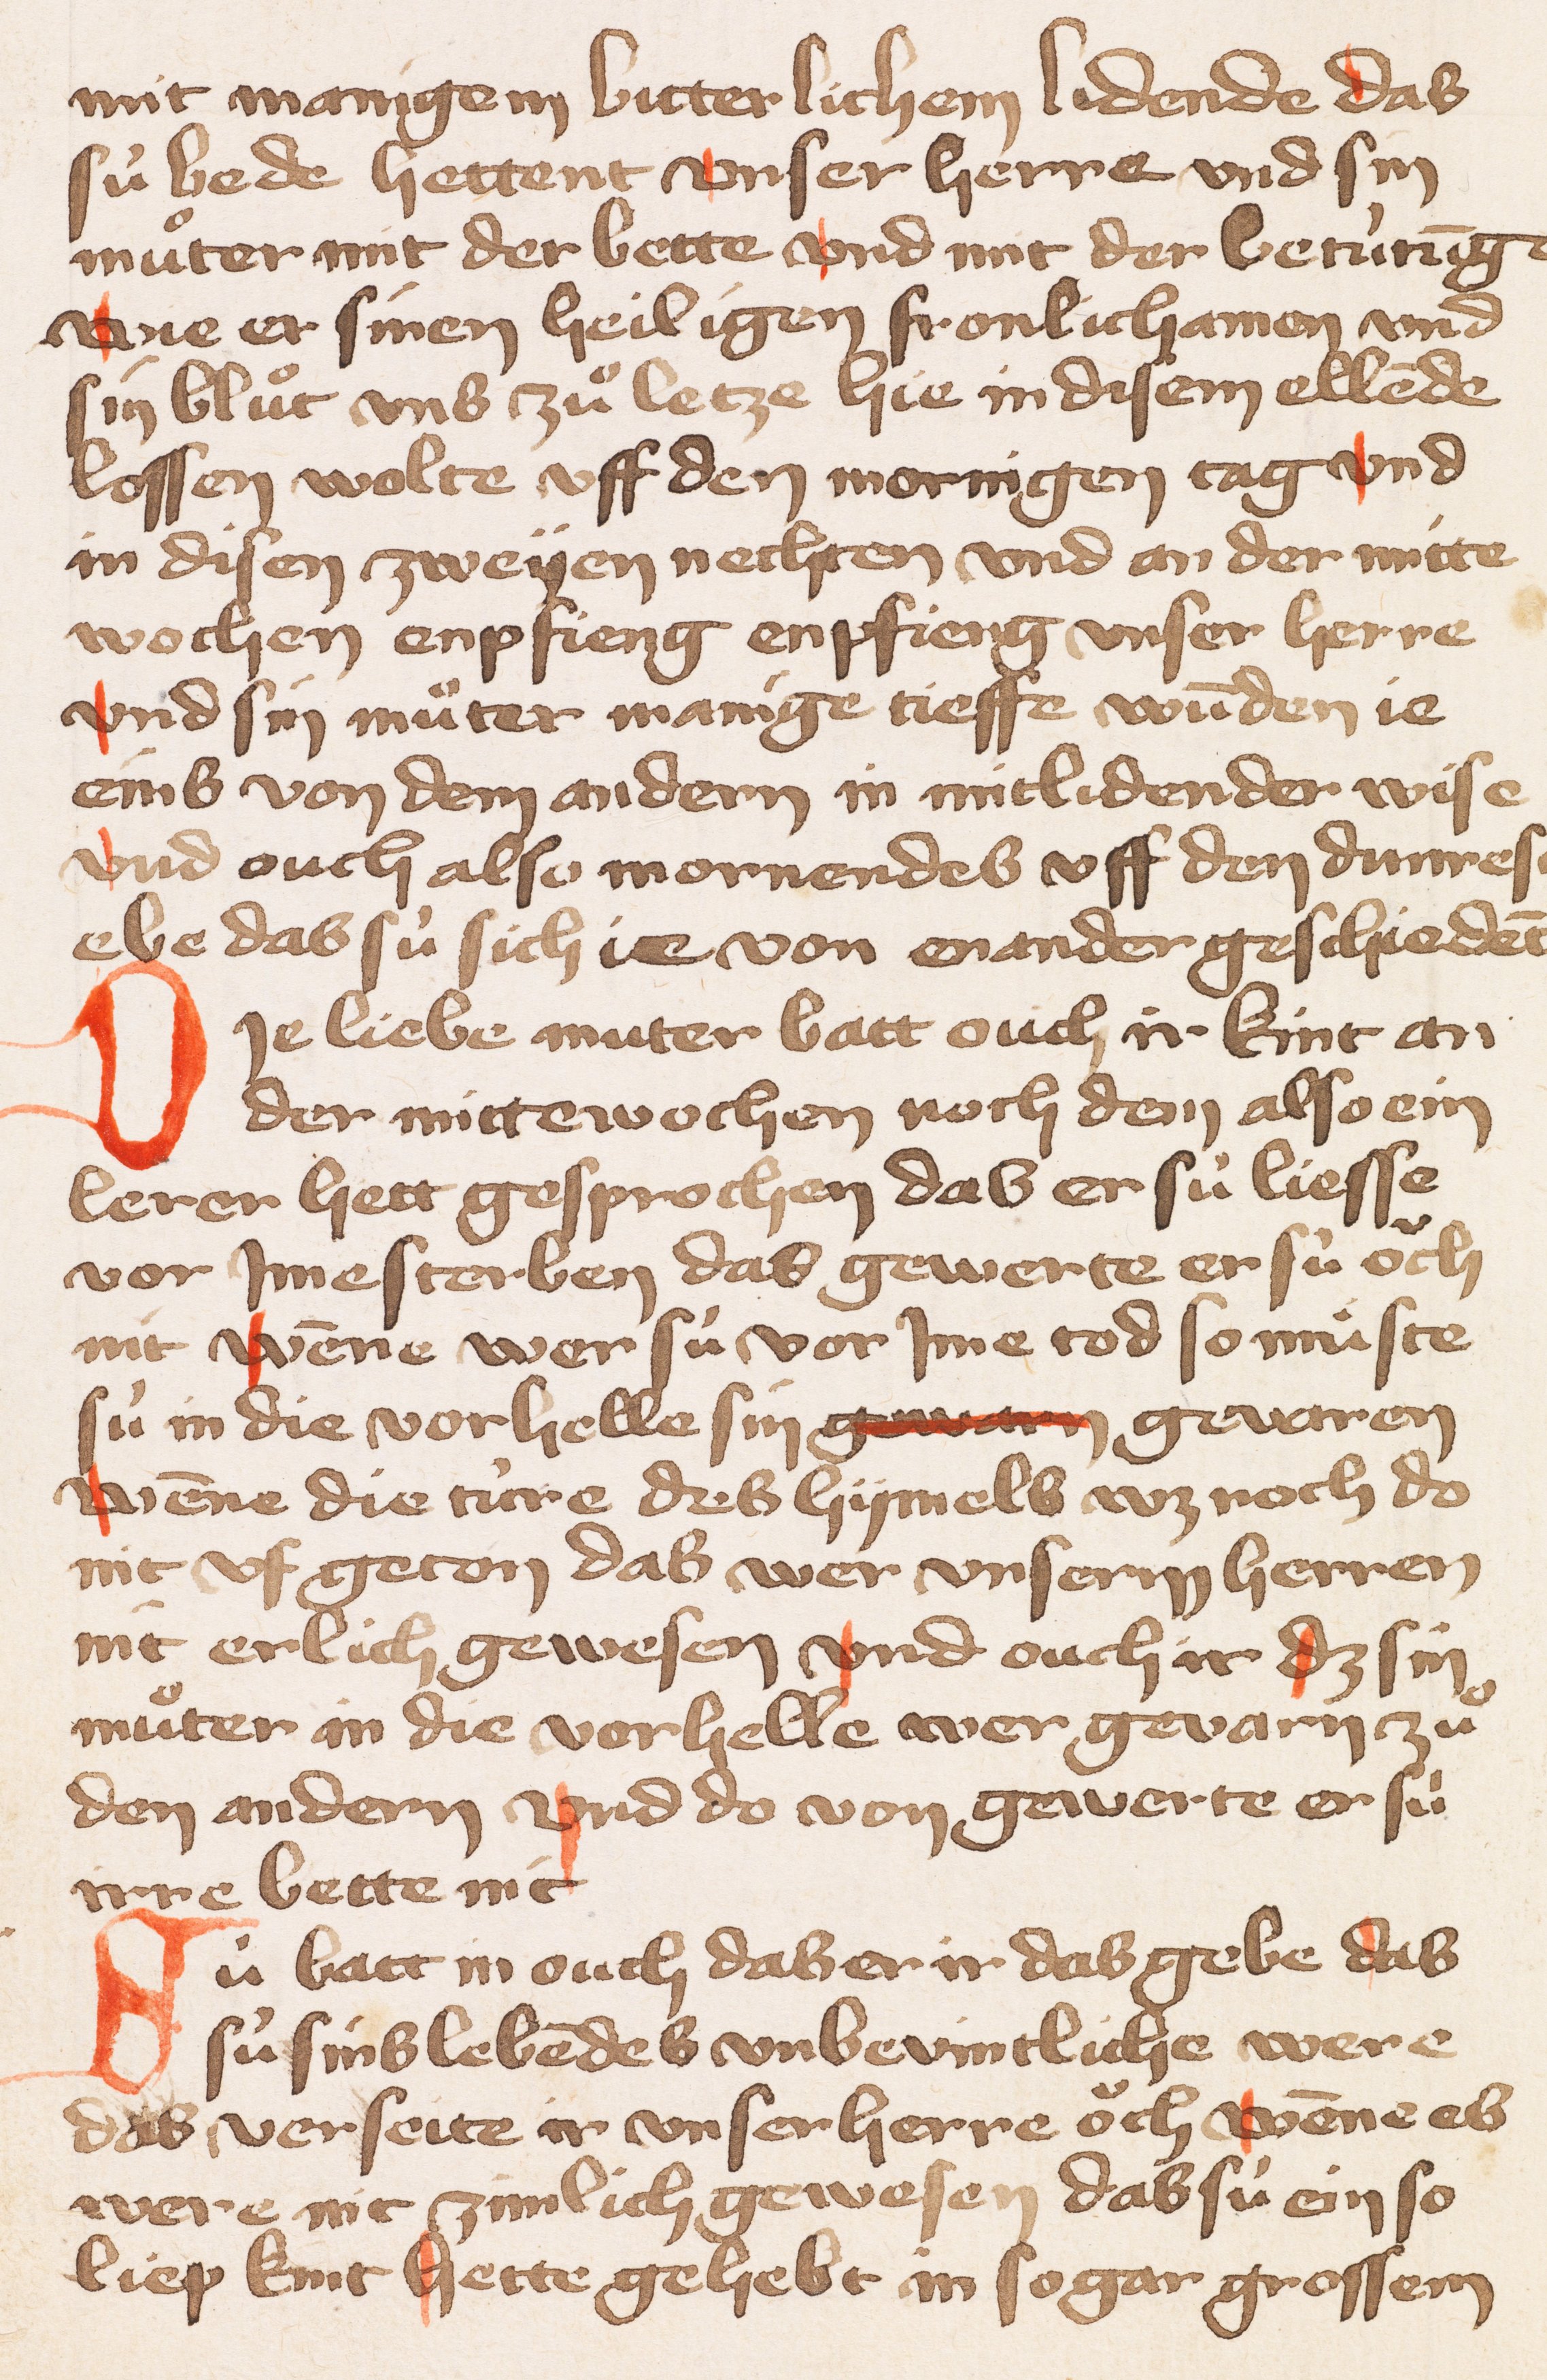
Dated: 1428–1428